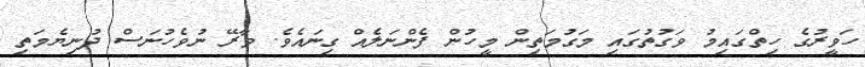
ހަވީރުގެ ހިތްގައިމު ވަގުތުގައި މަގުމަތިން މީހުން ފެންނަލެއް ގިނައެވެ. ވާރޭ ނުވެހުނަސް ދުނިޔެމަތި